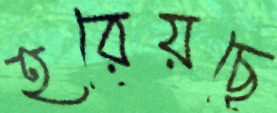
হরেয়ছে